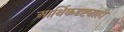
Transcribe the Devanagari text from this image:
आर्थिकदृष्ट्याही